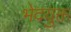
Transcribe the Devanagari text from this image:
भेदयुक्त